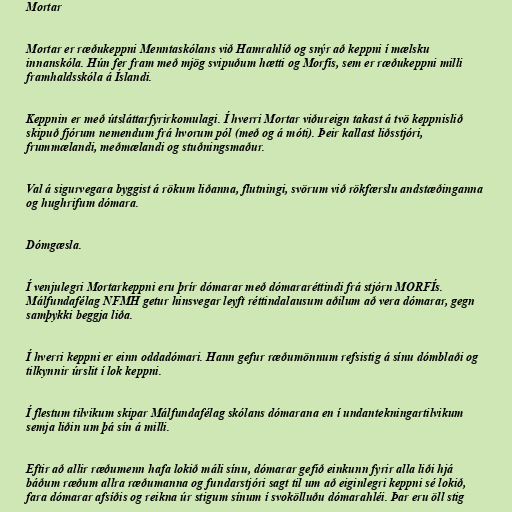
Mortar

Mortar er ræðukeppni Menntaskólans við Hamrahlíð og snýr að keppni í mælsku
innanskóla. Hún fer fram með mjög svipuðum hætti og Morfís, sem er ræðukeppni milli
framhaldsskóla á Íslandi.

Keppnin er með útsláttarfyrirkomulagi. Í hverri Mortar viðureign takast á tvö keppnislið
skipuð fjórum nemendum frá hvorum pól (með og á móti). Þeir kallast liðsstjóri,
frummælandi, meðmælandi og stuðningsmaður.

Val á sigurvegara byggist á rökum liðanna, flutningi, svörum við rökfærslu andstæðinganna
og hughrifum dómara.

Dómgæsla.

Í venjulegri Mortarkeppni eru þrír dómarar með dómararéttindi frá stjórn MORFÍs.
Málfundafélag NFMH getur hinsvegar leyft réttindalausum aðilum að vera dómarar, gegn
samþykki beggja liða.

Í hverri keppni er einn oddadómari. Hann gefur ræðumönnum refsistig á sínu dómblaði og
tilkynnir úrslit í lok keppni.

Í flestum tilvikum skipar Málfundafélag skólans dómarana en í undantekningartilvikum
semja liðin um þá sín á milli.

Eftir að allir ræðumenn hafa lokið máli sínu, dómarar gefið einkunn fyrir alla liði hjá
báðum ræðum allra ræðumanna og fundarstjóri sagt til um að eiginlegri keppni sé lokið,
fara dómarar afsíðis og reikna úr stigum sínum í svokölluðu dómarahléi. Þar eru öll stig